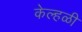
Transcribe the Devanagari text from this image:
केल्हळी